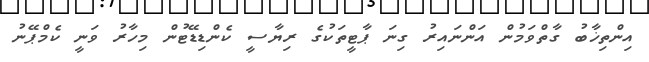
އިންތިޚާބު ގާތްވަމުން އަންނައިރު ގިނަ ޕާޓީތަކުގެ ރިޔާސީ ކެންޑިޑޭޓުން މިހާރު ވަނީ ކެމްޕޭނު